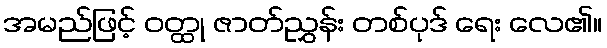
အမည်ဖြင့် ဝတ္ထု ဇာတ်ညွှန်း တစ်ပုဒ် ရေး လေ၏။